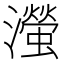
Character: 㶈